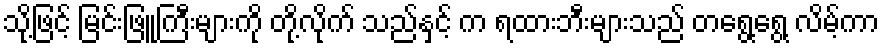
သို့ဖြင့် မြင်းဖြူကြီးများကို တို့လိုက် သည်နှင့် က ရထားဘီးများသည် တရွေ့ရွေ့ လိမ့်ကာ